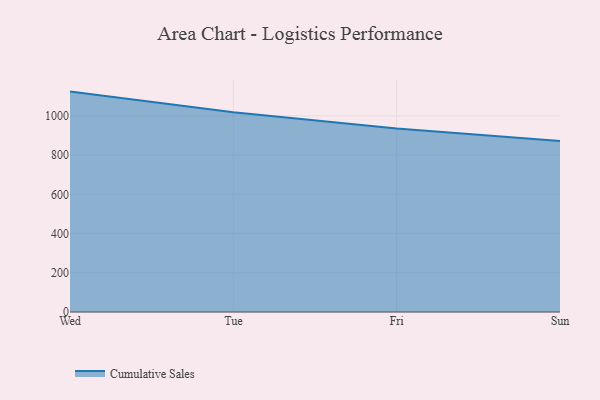
{"axis": {"x": "Day", "y": "Headcount"}, "legend": ["Cumulative Sales"], "data": [{"x": "Wed", "y": 1123.8, "type": "Cumulative Sales"}, {"x": "Tue", "y": 1018.7, "type": "Cumulative Sales"}, {"x": "Fri", "y": 935.7, "type": "Cumulative Sales"}, {"x": "Sun", "y": 871.7, "type": "Cumulative Sales"}]}